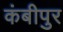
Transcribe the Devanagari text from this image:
कंबीपुर